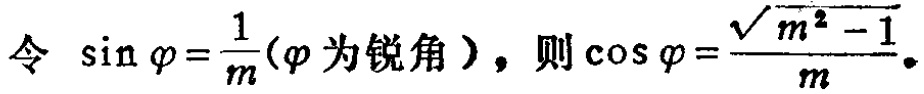
令 $\sin \varphi=\frac{1}{m}(\varphi\text{ 为锐角})$，则 $\cos \varphi=\frac{\sqrt{m^{2}-1}}{m}$。